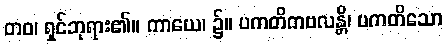
တဝ၊ ရှင်ဘုရား၏။ ကာယေ၊ ၌။ ပကတိကဗလန္တိ၊ ပကတိသော